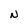
Character: N